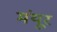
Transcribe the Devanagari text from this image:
मंयूर